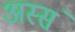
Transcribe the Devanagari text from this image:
अस्सं